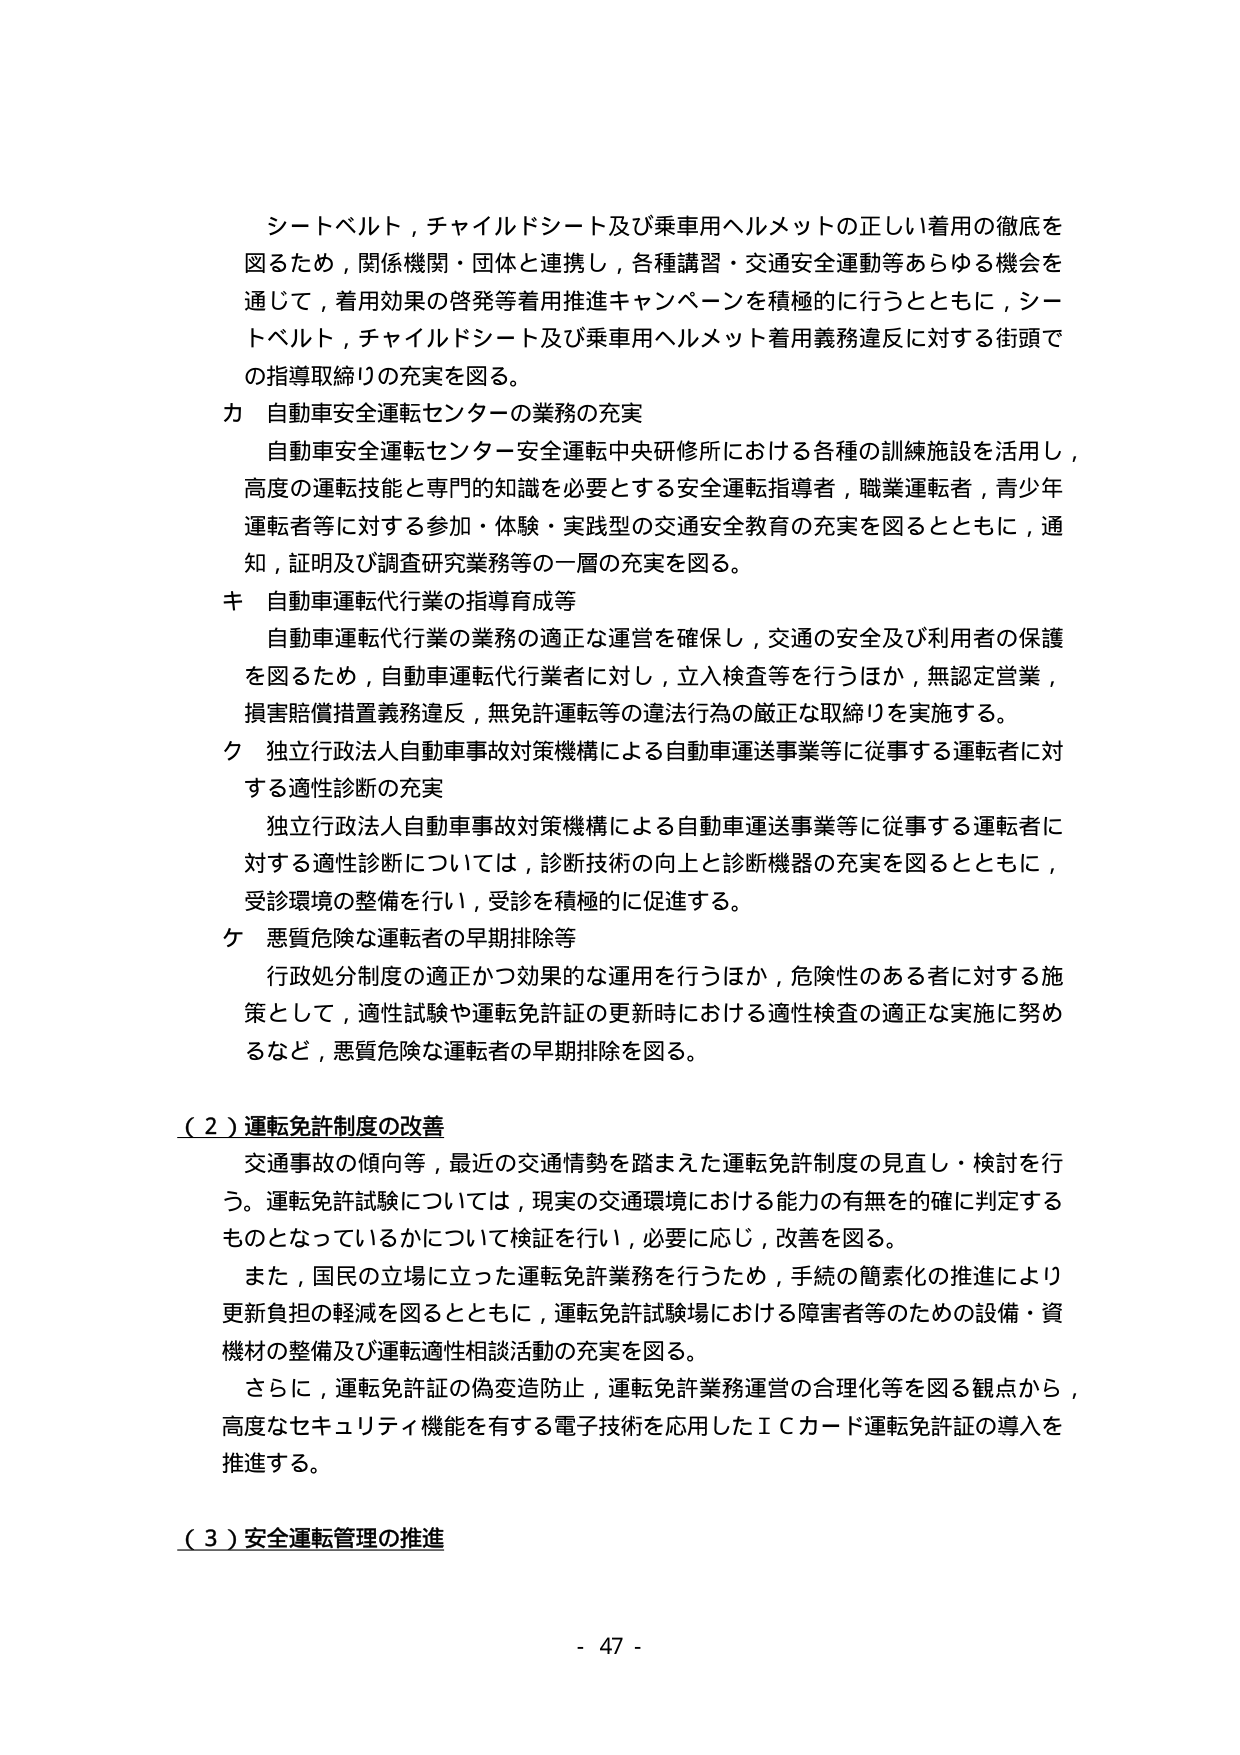
シートベルト，チャイルドシート及び乗車用ヘルメットの正しい着用の徹底を
図るため，関係機関・団体と連携し，各種講習・交通安全運動等あらゆる機会を
通じて，着用効果の啓発等着用推進キャンペーンを積極的に行うとともに，シー
トベルト，チャイルドシート及び乗車用ヘルメット着用義務違反に対する街頭で
の指導取締りの充実を図る。
カ 自動車安全運転センターの業務の充実
　自動車安全運転センター安全運転中央研修所における各種の訓練施設を活用し，
高度の運転技能と専門的知識を必要とする安全運転指導者，職業運転者，青少年
運転者等に対する参加・体験・実践型の交通安全教育の充実を図るとともに，通
知，証明及び調査研究業務等の一層の充実を図る。
キ 自動車運転代行業の指導育成等
　自動車運転代行業の業務の適正な運営を確保し，交通の安全及び利用者の保護
を図るため，自動車運転代行業者に対し，立入検査等を行うほか，無認定営業，
損害賠償措置義務違反，無免許運転等の違法行為の厳正な取締りを実施する。
ク 独立行政法人自動車事故対策機構による自動車運送事業等に従事する運転者に対
する適性診断の充実
　独立行政法人自動車事故対策機構による自動車運送事業等に従事する運転者に
対する適性診断については，診断技術の向上と診断機器の充実を図るとともに，
受診環境の整備を行い，受診を積極的に促進する。
ケ 悪質危険な運転者の早期排除等
　行政処分制度の適正かつ効果的な運用を行うほか，危険性のある者に対する施
策として，適性試験や運転免許証の更新時における適性検査の適正な実施に努め
るなど，悪質危険な運転者の早期排除を図る。

（２）運転免許制度の改善
　交通事故の傾向等，最近の交通情勢を踏まえた運転免許制度の見直し・検討を行
う。運転免許試験については，現実の交通環境における能力の有無を確に判定する
ものとなっているかについて検証を行い，必要に応じ，改善を図る。
　また，国民の立場に立った運転免許業務を行うため，手続の簡素化の推進により
更新負担の軽減を図るとともに，運転免許試験場における障害者等のための設備・資
機材の整備及び運転適性相談活動の充実を図る。
　さらに，運転免許証の偽変造防止，運転免許業務運営の合理化等を図る観点から，
高度なセキュリティ機能を有する電子技術を応用したＩＣカード運転免許証の導入を
推進する。

（３）安全運転管理の推進

- 47 -